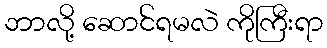
ဘာလို့ ဆောင်ရမလဲ ကိုကြီးရာ